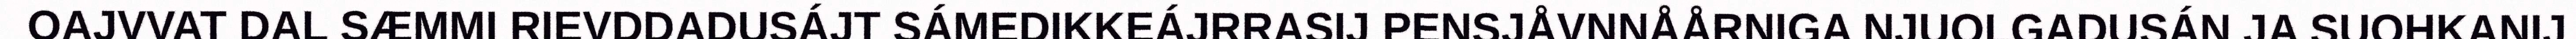
OAJVVAT DAL SÆMMI RIEVDDADUSÁJT SÁMEDIKKEÁJRRASIJ PENSJÅVNNÅÅRNIGA NJUOLGADUSÁN JA SUOHKANIJ